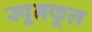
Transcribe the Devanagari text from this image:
स्पूनफूल